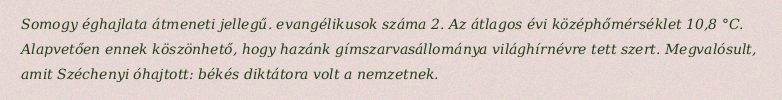
Somogy éghajlata átmeneti jellegű. evangélikusok száma 2. Az átlagos évi középhőmérséklet 10,8 °C. Alapvetően ennek köszönhető, hogy hazánk gímszarvasállománya világhírnévre tett szert. Megvalósult, amit Széchenyi óhajtott: békés diktátora volt a nemzetnek.